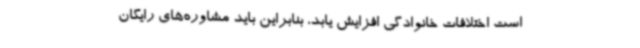
است اختلافات خانوادگی افزایش یابد، بنابراین باید مشاوره‌های رایگان